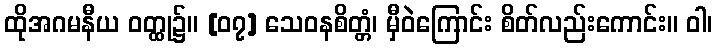
ထိုအဂမနီယ ဝတ္ထု၌။ [၀၇] သေဝနစိတ္တံ၊ မှီဝဲကြောင်း စိတ်လည်းကောင်း။ ဝါ၊